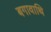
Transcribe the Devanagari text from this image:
बगावाथि